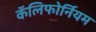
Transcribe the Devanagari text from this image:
कॅलिफोर्नियम